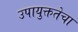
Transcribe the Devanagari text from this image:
उपायुक्ततेचा